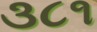
૩૮૧